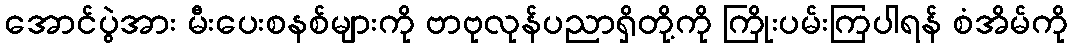
အောင်ပွဲအား မီးပေးစနစ်များကို ဗာဗုလုန်ပညာရှိတို့ကို ကြိုးပမ်းကြပါရန် စံအိမ်ကို